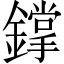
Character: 鐣